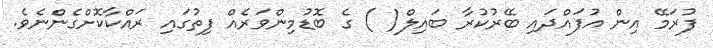
ފުރަމޭ އިން އުފައްދައި ބޭރުކުރާ ބައިލް( ) ގެ ބޮޑުމިންވަރެއް ފިތުގައި ރައްކާކޮށްގެންނެވެ.